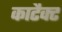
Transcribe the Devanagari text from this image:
काटैक्ट